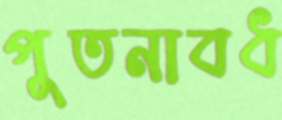
পুতনাবধ